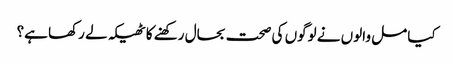
کیا مل والوں نے لوگوں کی صحت بحال رکھنے کا ٹھیکہ لے رکھا ہے؟